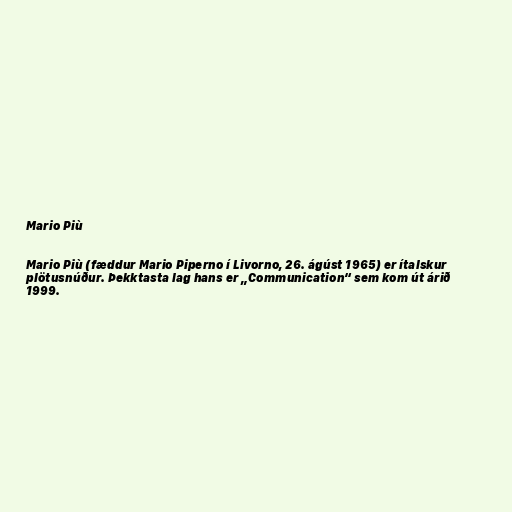
Mario Più

Mario Più (fæddur Mario Piperno í Livorno, 26. ágúst 1965) er ítalskur
plötusnúður. Þekktasta lag hans er „Communication“ sem kom út árið
1999.